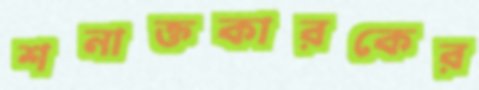
শনাক্তকারকের